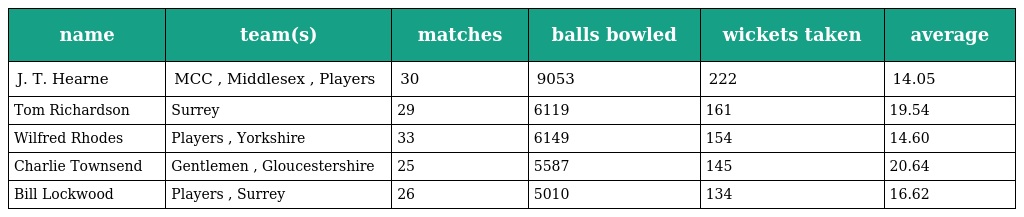
| name | team(s) | matches | balls bowled | wickets taken | average |
 | --- | --- | --- | --- | --- | --- |
 | J. T. Hearne | MCC , Middlesex , Players | 30 | 9053 | 222 | 14.05 |
 | Tom Richardson | Surrey | 29 | 6119 | 161 | 19.54 |
 | Wilfred Rhodes | Players , Yorkshire | 33 | 6149 | 154 | 14.60 |
 | Charlie Townsend | Gentlemen , Gloucestershire | 25 | 5587 | 145 | 20.64 |
 | Bill Lockwood | Players , Surrey | 26 | 5010 | 134 | 16.62 |